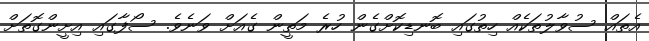
އެތައް ސުވާލުުތަކެއް ހިތުގައި ބޮނޑިކޮށްގެން ހުރެ މަތީން ގެއަށް ވަނެވެ. ސޯފާގައި އިށީންގޮތަށް